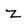
Character: z